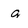
Character: g